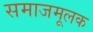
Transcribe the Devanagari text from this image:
समाजमूलक